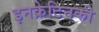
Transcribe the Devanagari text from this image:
इनक्रेटिनकी